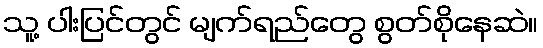
သူ့ ပါးပြင်တွင် မျက်ရည်တွေ စွတ်စိုနေဆဲ။